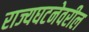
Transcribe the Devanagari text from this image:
राज्यघटनेवरील